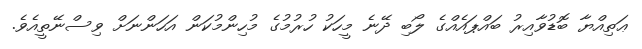
ޢަތިއްޔާ ބޮޑުވާއިރު ބައްޕައެއްގެ ލޯބި ދޭނެ މީހަކު ހުރުމުގެ މުހިންމުކަން އަހަންނަށް ވިސްނޭތީއެވެ.